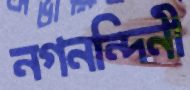
নগনন্দিনী